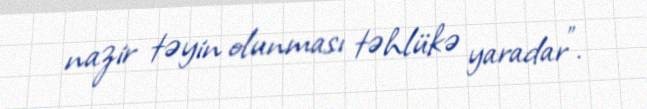
nazir təyin olunması təhlükə yaradar”.